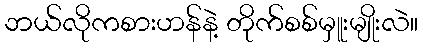
ဘယ်လိုကစားဟန်နဲ့ တိုက်စစ်မှူးမျိုးလဲ။